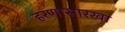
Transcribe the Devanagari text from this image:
हरणासारखा